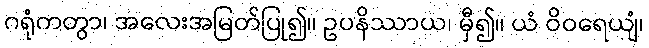
ဂရုံကတွာ၊ အလေးအမြတ်ပြု၍။ ဥပနိဿာယ၊ မှီ၍။ ယံ ဝိဝရေယျံ၊